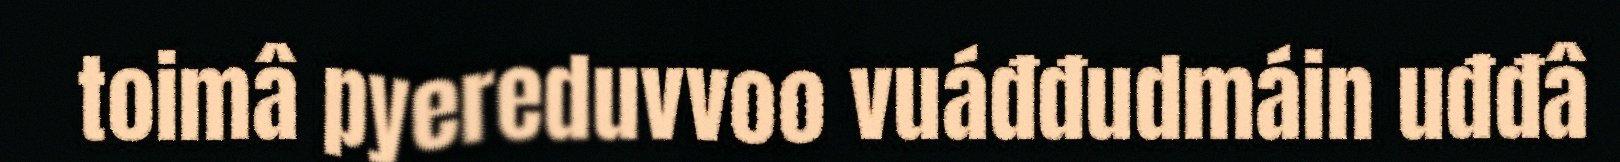
toimâ pyereduvvoo vuáđđudmáin uđđâ